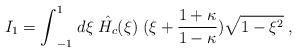
LaTeX: \begin{align*}I_1= {\int}_{-1}^{1} \; d{\xi} \; \hat{H_c}(\xi) \; ( \xi + \frac{1+\kappa}{1-\kappa})\sqrt{1-\xi^2} \;, \end{align*}